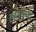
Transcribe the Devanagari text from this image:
ह्स्तकला